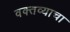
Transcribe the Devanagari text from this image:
वक्तव्याचा